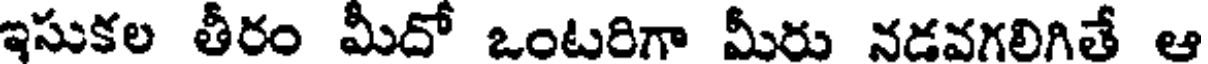
ఇసుకల తీరం మీదో ఒంటరిగా మీరు నడవగలిగితే ఆ